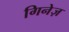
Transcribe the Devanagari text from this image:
गिनेज़